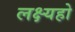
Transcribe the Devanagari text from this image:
लक्ष्यहो